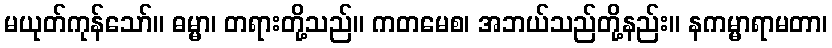
မယုတ်ကုန်သော်။ ဓမ္မာ၊ တရားတို့သည်။ ကတမေစ၊ အဘယ်သည်တို့နည်း။ နကမ္မာရာမတာ၊